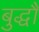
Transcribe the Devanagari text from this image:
बुद्धौ